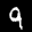
Label: 9